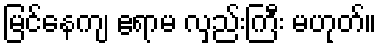
မြင်နေကျ ဧရာမ လှည်းကြီး မဟုတ်။